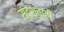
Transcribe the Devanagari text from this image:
संदेशवाही